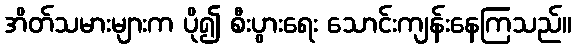
အိတ်သမားများက ပို၍ စီးပွားရေး သောင်းကျန်းနေကြသည်။